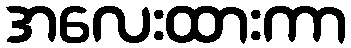
အလေးထားကာ